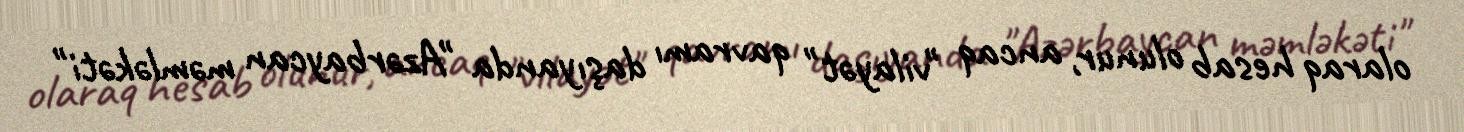
olaraq hesab olunur, ancaq "vilayət" qavramı daşıyanda "Azərbaycan məmləkəti"